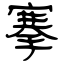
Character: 搴